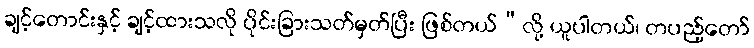
ချင့်တောင်းနှင့် ချင့်ထားသလို ပိုင်းခြားသတ်မှတ်ပြီး ဖြစ်တယ်”လို့ ယူပါတယ်၊ တပည့်တော်